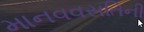
માનવવસતિની